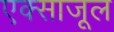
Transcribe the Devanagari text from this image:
एक्साजूल